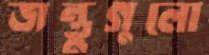
জন্তুগুলো